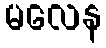
မလေန